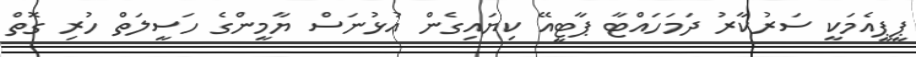
ޕީޕީއެމަކީ ސަރުކާރު ދަމަހައްޓާ ޕާޓީއޭ ކިޔައިގެން އުޅުނަސް ޔާމީންގެ ހަސީލަތް ހުރި ގޮތް